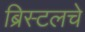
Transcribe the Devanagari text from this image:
ब्रिस्टलचे